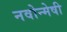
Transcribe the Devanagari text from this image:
नवोन्‍मेषी